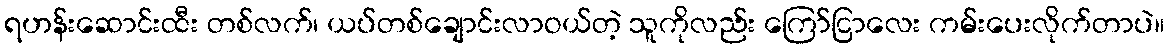
ရဟန်းဆောင်းထီး တစ်လက်၊ ယပ်တစ်ချောင်းလာဝယ်တဲ့ သူကိုလည်း ကြော်ငြာလေး ကမ်းပေးလိုက်တာပဲ။